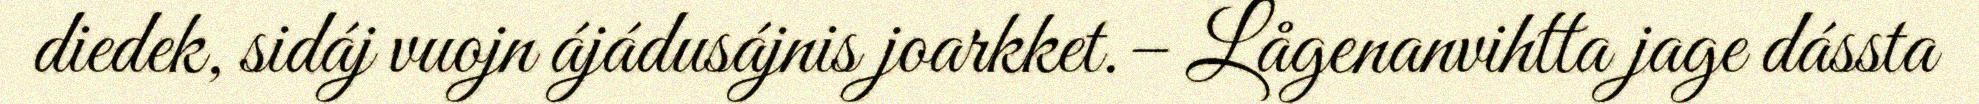
diedek, sidáj vuojn ájádusájnis joarkket.– Lågenanvihtta jage dássta